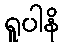
ရူပါနိ